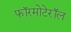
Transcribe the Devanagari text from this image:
फॉरमोटेरॉल